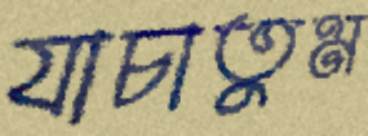
যাচাতুম